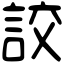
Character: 詨